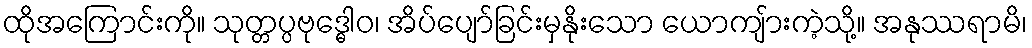
ထိုအကြောင်းကို။ သုတ္တပ္ပဗုဒ္ဓေါဝ၊ အိပ်ပျော်ခြင်းမှနိုးသော ယောကျ်ားကဲ့သို့။ အနုဿရာမိ၊